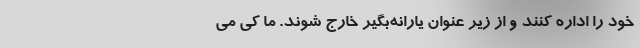
خود را اداره کنند و از زیر عنوان یارانه‌بگیر خارج شوند. ما کی می‌